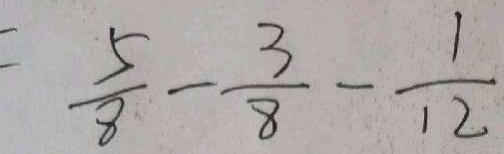
= \frac { 5 } { 8 } - \frac { 3 } { 8 } - \frac { 1 } { 1 2 }